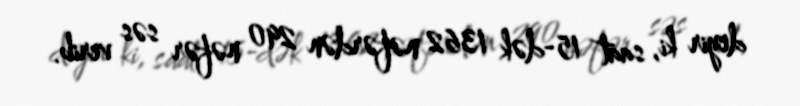
deyir ki, saat 15-dək 1362 nəfərdən 290 nəfər səs verib.